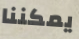
يمكننا